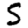
Digit: 5